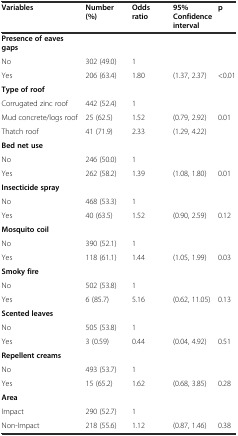
<table><thead><tr><td><b>Variables</b></td><td><b>Number (%)</b></td><td><b>Odds ratio</b></td><td><b>95% Confidence interval</b></td><td><b>p</b></td></tr></thead><tbody><tr><td><b>Presence of eaves gaps</b></td><td></td><td></td><td></td><td></td></tr><tr><td>No</td><td>302 (49.0)</td><td>1</td><td></td><td></td></tr><tr><td>Yes</td><td>206 (63.4)</td><td>1.80</td><td>(1.37, 2.37)</td><td>&lt;0.01</td></tr><tr><td><b>Type of roof</b></td><td></td><td></td><td></td><td></td></tr><tr><td>Corrugated zinc roof</td><td>442 (52.4)</td><td>1</td><td></td><td></td></tr><tr><td>Mud concrete/logs roof</td><td>25 (62.5)</td><td>1.52</td><td>(0.79, 2.92)</td><td>0.01</td></tr><tr><td>Thatch roof</td><td>41 (71.9)</td><td>2.33</td><td>(1.29, 4.22)</td><td></td></tr><tr><td><b>Bed net use</b></td><td></td><td></td><td></td><td></td></tr><tr><td>No</td><td>246 (50.0)</td><td>1</td><td></td><td></td></tr><tr><td>Yes</td><td>262 (58.2)</td><td>1.39</td><td>(1.08, 1.80)</td><td>0.01</td></tr><tr><td><b>Insecticide spray</b></td><td></td><td></td><td></td><td></td></tr><tr><td>No</td><td>468 (53.3)</td><td>1</td><td></td><td></td></tr><tr><td>Yes</td><td>40 (63.5)</td><td>1.52</td><td>(0.90, 2.59)</td><td>0.12</td></tr><tr><td><b>Mosquito coil</b></td><td></td><td></td><td></td><td></td></tr><tr><td>No</td><td>390 (52.1)</td><td>1</td><td></td><td></td></tr><tr><td>Yes</td><td>118 (61.1)</td><td>1.44</td><td>(1.05, 1.99)</td><td>0.03</td></tr><tr><td><b>Smoky fire</b></td><td></td><td></td><td></td><td></td></tr><tr><td>No</td><td>502 (53.8)</td><td>1</td><td></td><td></td></tr><tr><td>Yes</td><td>6 (85.7)</td><td>5.16</td><td>(0.62, 11.05)</td><td>0.13</td></tr><tr><td><b>Scented leaves</b></td><td></td><td></td><td></td><td></td></tr><tr><td>No</td><td>505 (53.8)</td><td>1</td><td></td><td></td></tr><tr><td>Yes</td><td>3 (0.59)</td><td>0.44</td><td>(0.04, 4.92)</td><td>0.51</td></tr><tr><td><b>Repellent creams</b></td><td></td><td></td><td></td><td></td></tr><tr><td>No</td><td>493 (53.7)</td><td>1</td><td></td><td></td></tr><tr><td>Yes</td><td>15 (65.2)</td><td>1.62</td><td>(0.68, 3.85)</td><td>0.28</td></tr><tr><td><b>Area</b></td><td></td><td></td><td></td><td></td></tr><tr><td>Impact</td><td>290 (52.7)</td><td>1</td><td></td><td></td></tr><tr><td>Non-Impact</td><td>218 (55.6)</td><td>1.12</td><td>(0.87, 1.46)</td><td>0.38</td></tr></tbody></table>